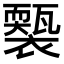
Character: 𧞕